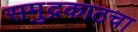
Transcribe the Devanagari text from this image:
समुद्रकाठचा